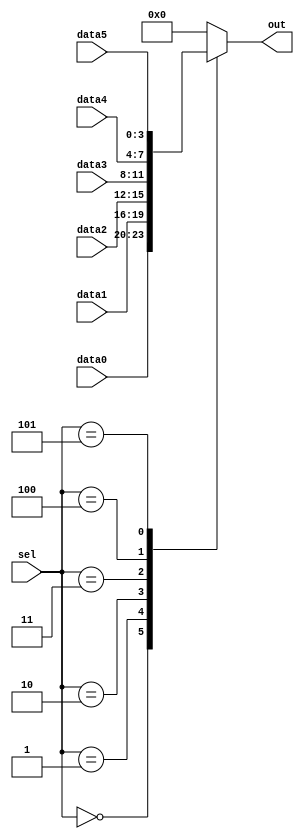
// synthesis verilog_input_version verilog_2001
module top_module ( 
    input [2:0] sel, 
    input [3:0] data0,
    input [3:0] data1,
    input [3:0] data2,
    input [3:0] data3,
    input [3:0] data4,
    input [3:0] data5,
    output reg [3:0] out   );//

    always@(*) begin  // This is a combinational circuit
        case(sel)
            3'b000: out = data0;
            3'b001: out = data1;
            3'b010: out = data2;
            3'b011: out = data3;
            3'b100: out = data4;
            3'b101: out = data5;
            default: out = ({3{1'b0}});
        endcase
    end

endmodule